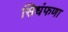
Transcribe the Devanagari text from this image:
सिधंफणा